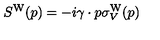
S ^ { \mathrm { W } } ( p ) = - i \gamma \cdot p \sigma _ { V } ^ { \mathrm { W } } ( p )